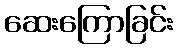
ဆေးကြောခြင်း